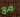
مع